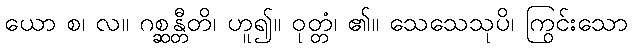
ယော စ၊ လ။ ဂစ္ဆန္တီတိ၊ ဟူ၍။ ဝုတ္တံ၊ ၏။ သေသေသုပိ၊ ကြွင်းသော